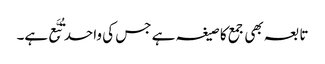
تابعہ بھی جمع کا صیغہ ہے جس کی واحد تُبَّع ہے۔